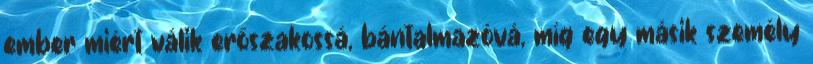
ember miért válik erőszakossá, bántalmazóvá, míg egy másik személy